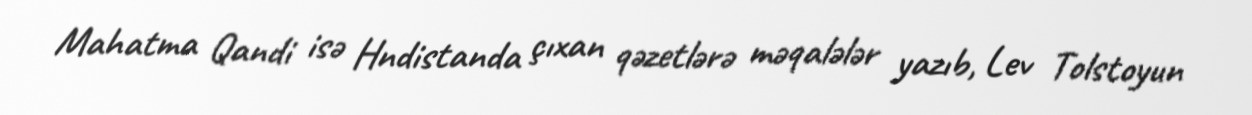
Mahatma Qandi isə Hndistanda çıxan qəzetlərə məqalələr yazıb, Lev Tolstoyun